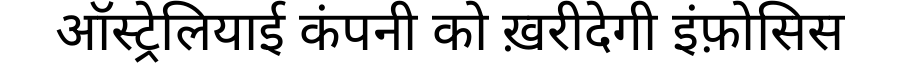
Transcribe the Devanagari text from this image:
ऑस्ट्रेलियाई कंपनी को ख़रीदेगी इंफ़ोसिस